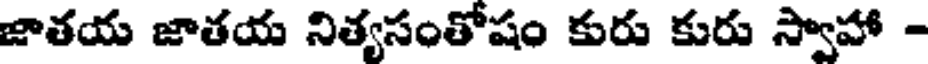
జాతయ జాతయ నిత్యసంతోషం కురు కురు స్వాహా -